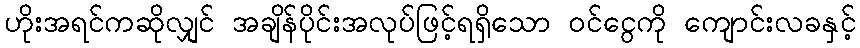
ဟိုးအရင်ကဆိုလျှင် အချိန်ပိုင်းအလုပ်ဖြင့်ရရှိသော ဝင်ငွေကို ကျောင်းလခနှင့်